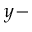
y -